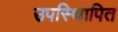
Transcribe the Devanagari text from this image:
उपस्थिापित